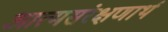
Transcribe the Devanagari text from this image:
आत्मसंरक्षणार्थ